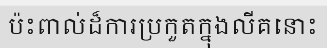
ប៉ះពាល់ដ៏ការប្រកួតក្នុងលីគនោះ